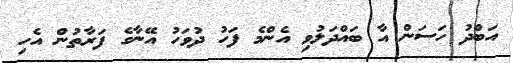
އަބްދު ހަސަން އާ ބައްދަލުވި އެންމެ ފަހު ދުވަހު އޭނާގެ ފަރާތުން އެހި